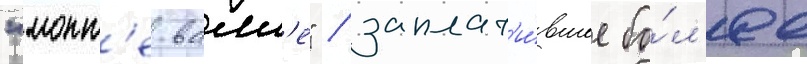
"монт'е-валл'е" / заплат'и́вшее бо́л'ее